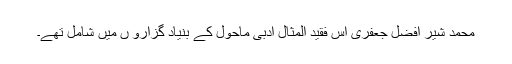
محمد شیر افضل جعفری اس فقید المثال ادبی ماحول کے بنیاد گزارو ں میں شامل تھے۔